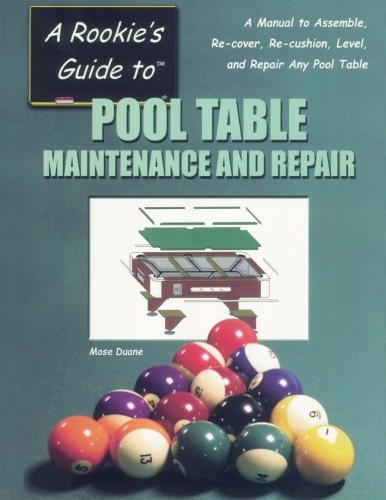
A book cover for A Rookie's Guide to Pool Table Maintenance and Repair; Mose Duane; Sports & Outdoors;